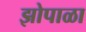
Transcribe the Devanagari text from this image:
झोपाळा